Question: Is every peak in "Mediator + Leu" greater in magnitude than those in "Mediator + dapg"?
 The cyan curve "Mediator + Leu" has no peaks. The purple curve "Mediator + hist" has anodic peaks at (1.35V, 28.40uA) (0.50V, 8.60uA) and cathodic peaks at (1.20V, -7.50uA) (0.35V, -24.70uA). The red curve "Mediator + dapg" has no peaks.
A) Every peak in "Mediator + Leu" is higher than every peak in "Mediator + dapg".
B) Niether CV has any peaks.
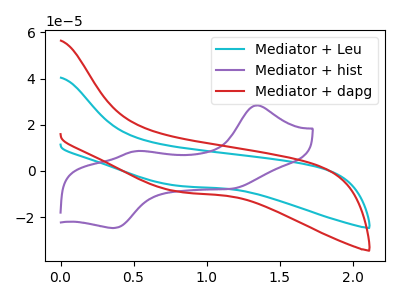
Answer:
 <answer>B) Niether CV has any peaks.</answer>
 <eval>B</eval>